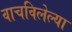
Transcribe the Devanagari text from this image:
वाचविलेल्या